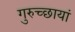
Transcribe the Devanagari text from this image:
गुरुच्छायां